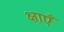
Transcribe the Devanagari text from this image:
क्षाएँ